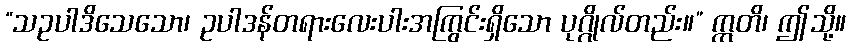
“သဥပါဒိသေသော၊ ဥပါဒန်တရားလေးပါးအကြွင်းရှိသော ပုဂ္ဂိုလ်တည်း။” ဣတိ၊ ဤသို့။